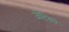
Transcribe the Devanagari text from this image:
जेटिको